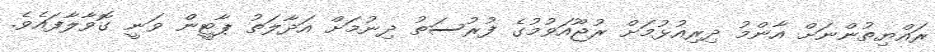
ރައްޔިތުންނަށް އާންމު ދިރިއުޅުމަށް ރުޖޫއަވުމުގެ ފުރުސަތު ދިނުމަށް އަދާލަތު ޕާޓީން ވަނީ ގޮވާލާފައެވެ.